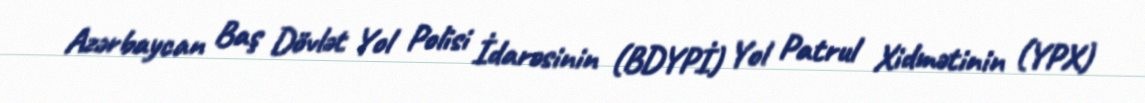
Azərbaycan Baş Dövlət Yol Polisi İdarəsinin (BDYPİ) Yol Patrul Xidmətinin (YPX)